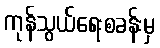
ကုန်သွယ်ရေးစခန်းမှ